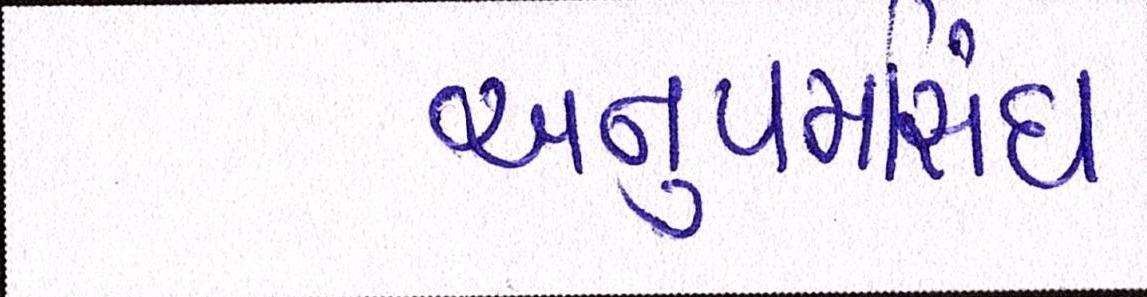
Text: અનુપમસિંઘ